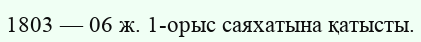
1803 — 06 ж. 1-орыс саяхатына қатысты.